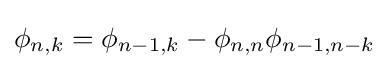
\phi _{n,k}=\phi _{n-1,k}-\phi _{n,n}\phi _{n-1,n-k}